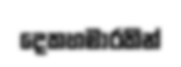
දෙකහමාරකින්